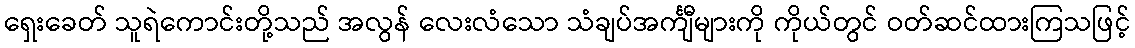
ရှေးခေတ် သူရဲကောင်းတို့သည် အလွန် လေးလံသော သံချပ်အင်္ကျီများကို ကိုယ်တွင် ဝတ်ဆင်ထားကြသဖြင့်